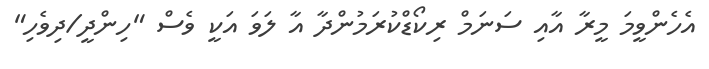
އެހެންވީމަ މީރާ އާއި ސަނަމް ރިކޯޑްކުރަމުންދާ އާ ލަވަ އަކީ ވެސް "ހިންދީ/ދިވެހި"